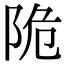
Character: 陒